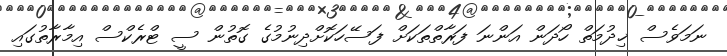
ނަމަވެސް ޚިދުމަތް ހޯދަން އަންނަ ފަރާތްތަކަށް ފަސޭހަކޮށްދިނުމުގެ ގޮތުން ސީ ޓްރެކްސް އިމާރާތުގައި